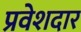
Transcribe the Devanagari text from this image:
प्रवेशदार